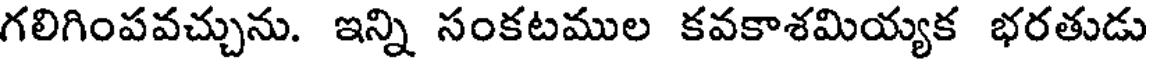
గలిగింపవచ్చును. ఇన్ని సంకటముల కవకాశమియ్యక భరతుడు